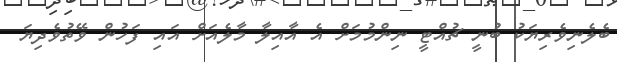
ބެލެނިވެރިޔަކު ބުނީ ޗުއްޓީ ނިންމުމަށް އެ އާއިލާ މާލެއަށް އައި ފަހުން ވޭތުވެދިޔަ